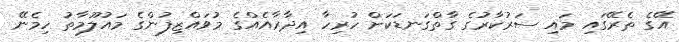
އޭގެ ތެރޭގައި މައި ސަރުކާރުގެ ގާތްގަނޑަކަށް ހުރިހާ އިދާރާއެއްގެ މުވައްޒިފުންގެ މައުލޫމާތު ހިމެނޭ